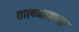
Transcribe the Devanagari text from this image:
तालवाद्याच्या